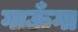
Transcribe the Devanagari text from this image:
गाऊँगा